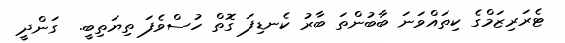
ޓެރަރިޒަމްގެ ކިތައްވަނަ ބާބުންތަ ބާރު ކެނޑިފަ ގޮތް ހުސްވެފަ ތިޔަތިބީ.  ގަންދީ